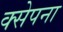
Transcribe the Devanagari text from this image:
क्सेपना